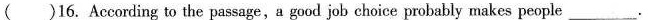
()16. According to the passage,a good job choice probably makes people ___